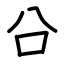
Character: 㕣